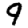
Digit: 9